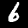
Label: 6